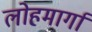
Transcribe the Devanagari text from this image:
लोहमार्गां